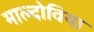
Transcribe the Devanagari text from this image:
माल्दोविया